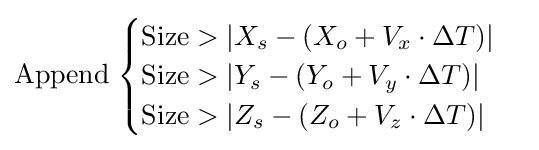
{\text{Append}}\;{\begin{cases}{\text{Size}}>\left\vert X_{s}-(X_{o}+V_{x}\cdot \Delta T)\right\vert \\{\text{Size}}>\left\vert Y_{s}-(Y_{o}+V_{y}\cdot \Delta T)\right\vert \\{\text{Size}}>\left\vert Z_{s}-(Z_{o}+V_{z}\cdot \Delta T)\right\vert \end{cases}}